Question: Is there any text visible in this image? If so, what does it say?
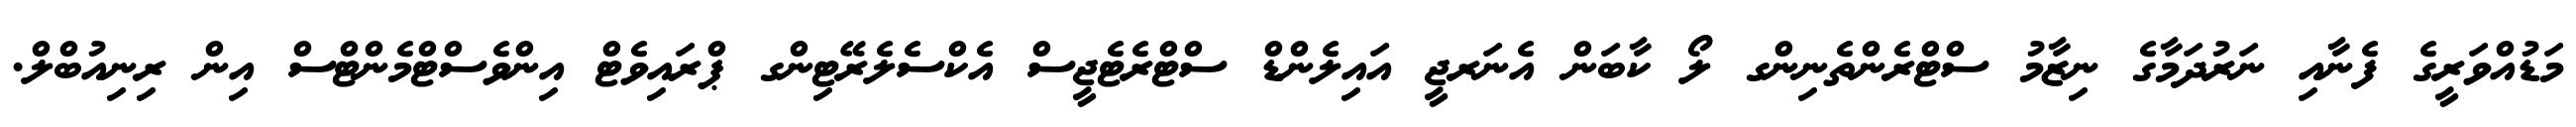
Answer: މަޑުއްވަރީގެ ފެނާއި ނަރުދަމާގެ ނިޒާމު ސްޓްރެންތެނިންގ ލޯ ކާބަން އެނަރޖީ އައިލެންޑް ސްޓްރެޓެޖީސް އެކްސެލެރޭޓިންގ ޕްރައިވެޓް އިންވެސްޓްމެންޓްސް އިން ރިނިއުބްލް.